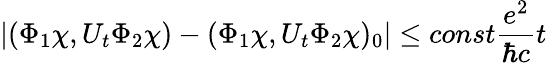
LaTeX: |(\Phi_{1}\chi,U_{t}\Phi_{2}\chi)-(\Phi_{1}\chi,U_{t}\Phi_{2}\chi)_{0}|\leq const\frac{e^{2}}{\hbar c}t